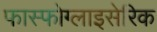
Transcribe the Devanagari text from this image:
फास्फोग्लाइसेरिक